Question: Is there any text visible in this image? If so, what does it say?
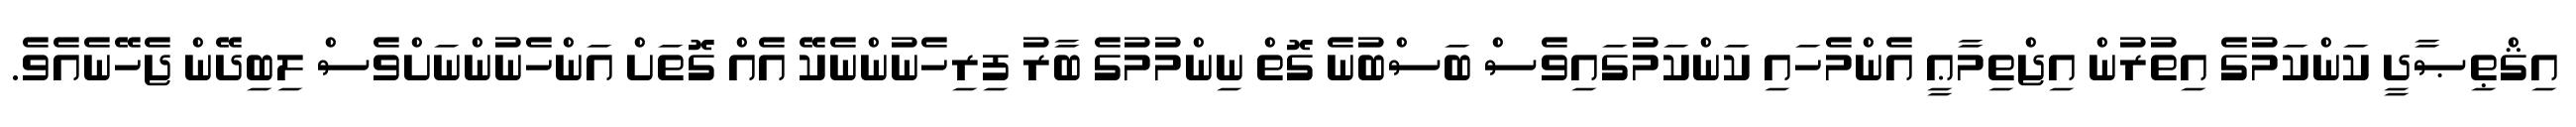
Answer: އިޤްޠިޞާދީ ކަންކަމުގެ އިތުރުން އިޖްތިމާޢީ އެންމެހައި ކަންކަމުގައިވެސް ބަސްބުނެ ގޮތް ނިންމުމުގެ ބާރު ފިރިހެނުންނެކޭ އެއް ގޮތަށް އަންހެނުންނަށްވެސް ލިބިދޭން ޖެހޭނެއެވެ.